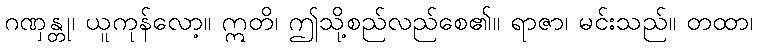
ဂဏှန္တု၊ ယူကုန်လော့။ ဣတိ၊ ဤသို့စည်လည်စေ၏။ ရာဇာ၊ မင်းသည်။ တထာ၊